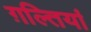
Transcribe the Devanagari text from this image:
ग़ल्तियां